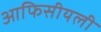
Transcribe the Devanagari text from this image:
आफिसीयली